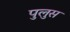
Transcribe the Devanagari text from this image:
पुलुस